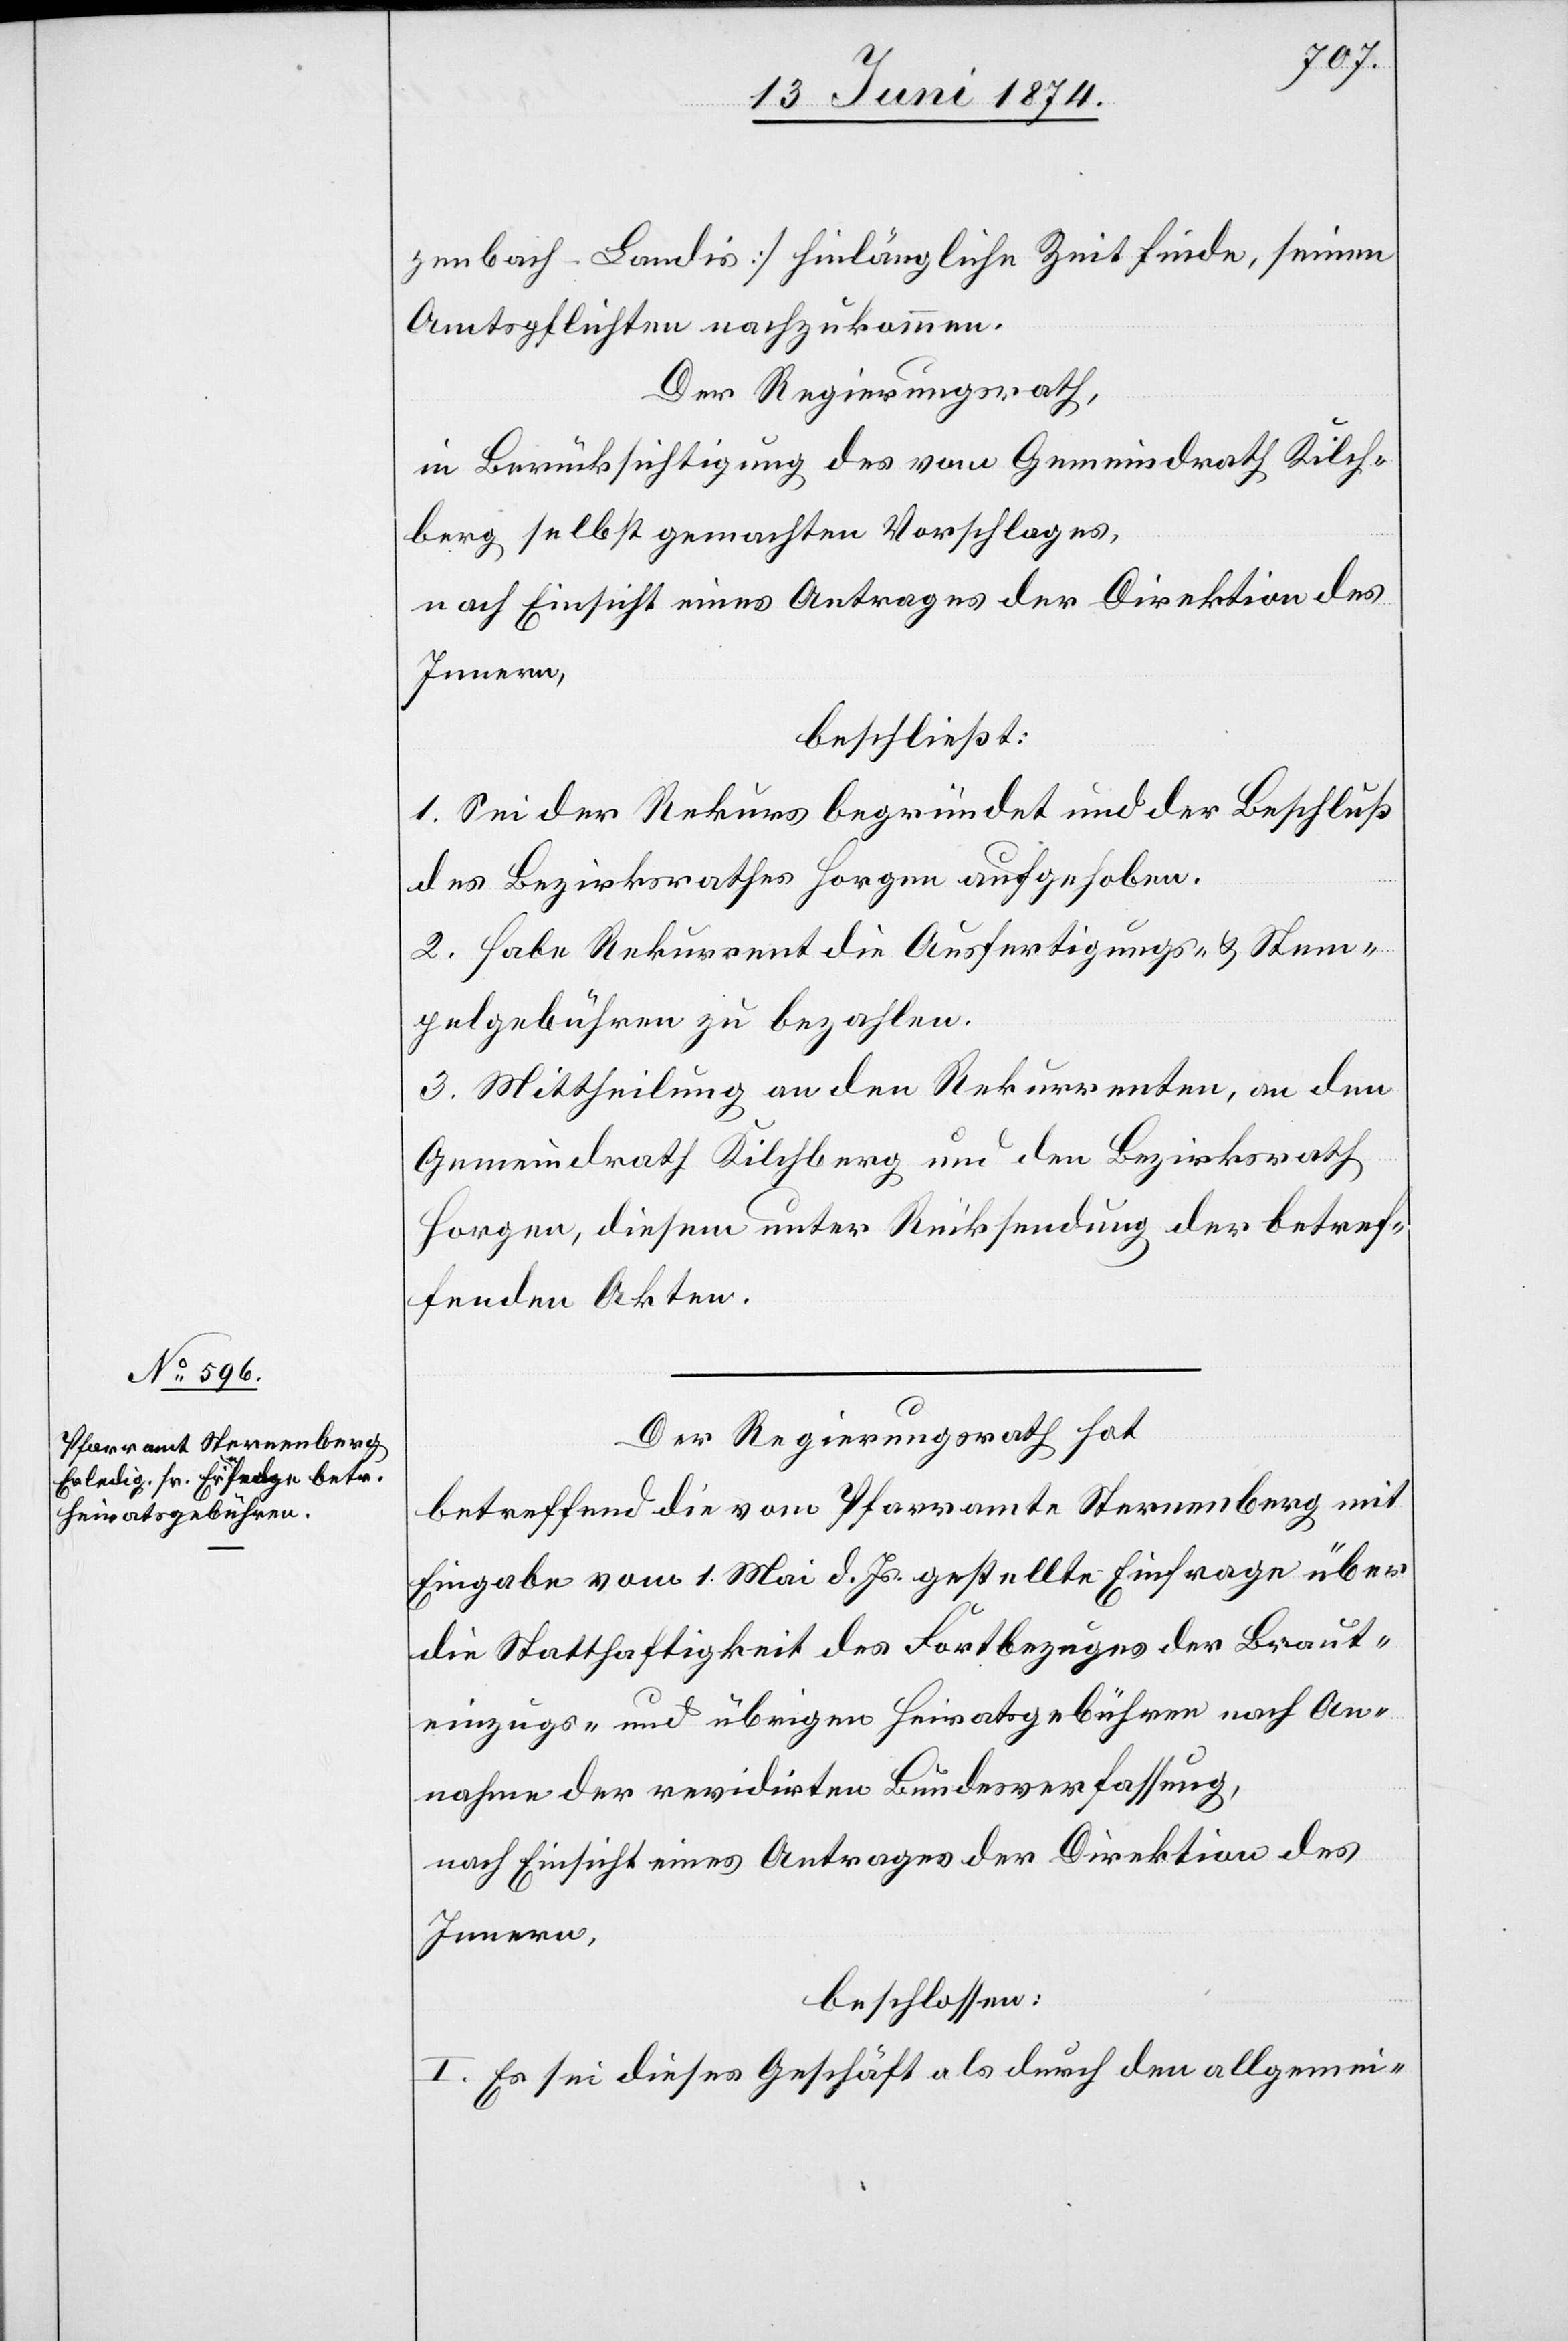
zenbach-Landis] hinlängliche Zeit finde, seinen
Amtspflichten nachzukommen.
Der Regierungsrath,
in Berücksichtigung des vom Gemeindrath Kilch¬
berg selbst gemachten Vorschlages,
nach Einsicht eines Antrages der Direktion des
Innern,
beschließt:
1. Sei der Rekurs begründet und der Beschluß
des Bezirksrathes Horgen aufgehoben.
2. Habe Rekurrent die Ausfertigungs- u. Stem¬
pelgebühren zu bezahlen.
3. Mittheilung an den Rekurrenten, an den
Gemeindrath Kilchberg und den Bezirksrath
Horgen, diesem unter Rücksendung der betref¬
fenden Akten.
Der Regierungsrath hat
betreffend die vom Pfarramte Sternenberg mit
Eingabe vom 1. Mai d. Js. gestellte Einfrage über
die Statthaftigkeit des Fortbezuges der Braut¬
einzugs- und übrigen Heiratsgebühren nach An¬
nahme der revidirten Bundesverfassung,
nach Einsicht eines Antrages der Direktion des
Innern,
beschlossen:
I. Es sei dieses Geschäft als durch den allgemei-